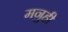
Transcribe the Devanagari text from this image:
मनुही